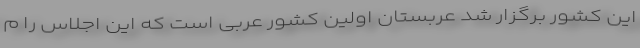
این کشور برگزار ‌شد عربستان اولین کشور عربی است که این اجلاس را م